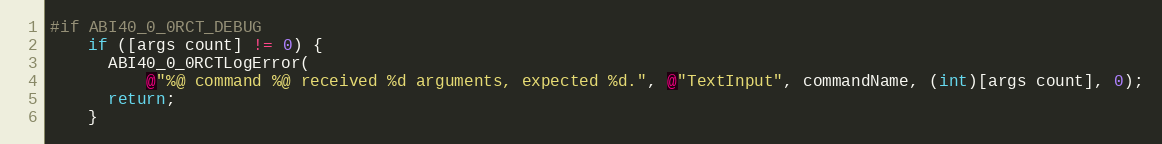
Language: C
#if ABI40_0_0RCT_DEBUG
    if ([args count] != 0) {
      ABI40_0_0RCTLogError(
          @"%@ command %@ received %d arguments, expected %d.", @"TextInput", commandName, (int)[args count], 0);
      return;
    }